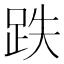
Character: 跌